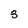
Character: 3